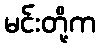
မင်းတို့က